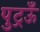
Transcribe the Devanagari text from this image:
पुट्रऊँ